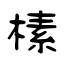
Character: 榡